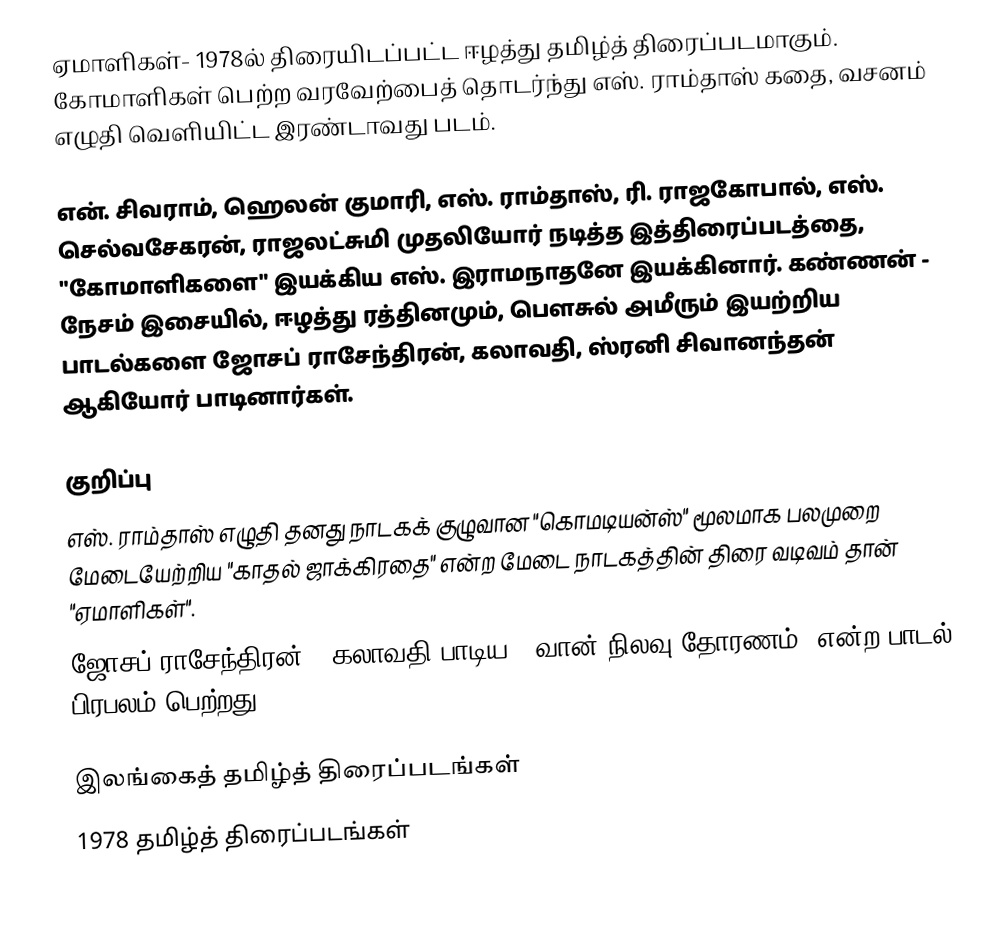
ஏமாளிகள்- 1978ல் திரையிடப்பட்ட ஈழத்து தமிழ்த் திரைப்படமாகும். கோமாளிகள் பெற்ற வரவேற்பைத் தொடர்ந்து எஸ். ராம்தாஸ் கதை, வசனம் எழுதி வெளியிட்ட இரண்டாவது படம்.

என். சிவராம், ஹெலன் குமாரி, எஸ். ராம்தாஸ், ரி. ராஜகோபால், எஸ். செல்வசேகரன், ராஜலட்சுமி முதலியோர் நடித்த இத்திரைப்படத்தை, "கோமாளிகளை" இயக்கிய எஸ். இராமநாதனே இயக்கினார். கண்ணன் - நேசம் இசையில், ஈழத்து ரத்தினமும், பெளசுல் அமீரும் இயற்றிய பாடல்களை ஜோசப் ராசேந்திரன், கலாவதி, ஸ்ரனி சிவானந்தன் ஆகியோர் பாடினார்கள்.

குறிப்பு
 எஸ். ராம்தாஸ் எழுதி தனது நாடகக் குழுவான "கொமடியன்ஸ்" மூலமாக பலமுறை மேடையேற்றிய "காதல் ஜாக்கிரதை" என்ற மேடை நாடகத்தின் திரை வடிவம் தான் "ஏமாளிகள்".
 ஜோசப் ராசேந்திரன் - கலாவதி பாடிய " வான் நிலவு தோரணம்" என்ற பாடல் பிரபலம் பெற்றது.

இலங்கைத் தமிழ்த் திரைப்படங்கள்
1978 தமிழ்த் திரைப்படங்கள்